Civil Veterinary Dept. Bombay admin report 1907-1913 - 1907-1913
Year: 1907
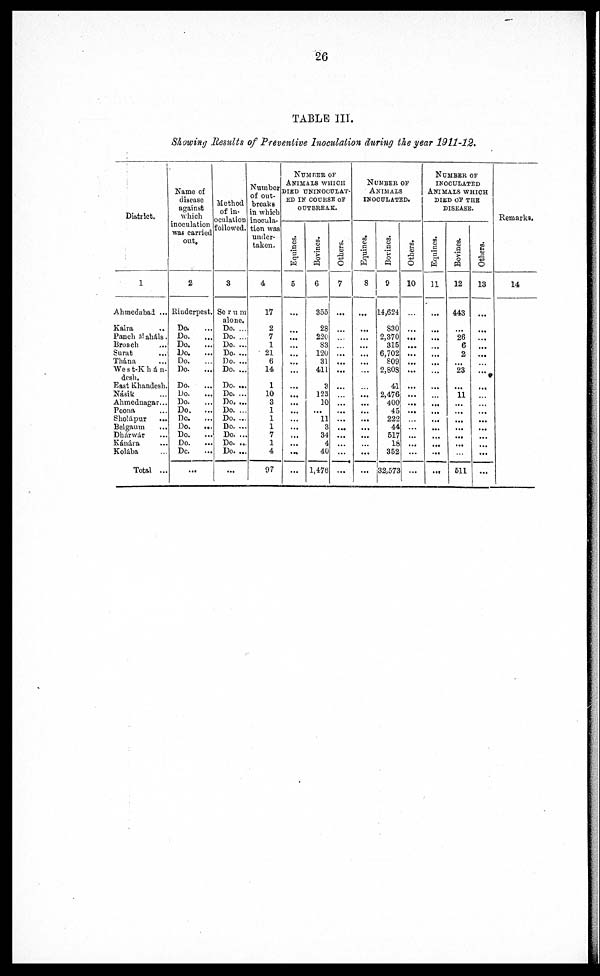
26
TABLE III.
Showing Results of Preventive Inoculation during the year 1911-12.
District.
1
Ahmedabad ...
Kaira ...
Panch Maháls. …
Broach …
Surat ...
Thána ...
West-Khán- …
desh.
East Khandesh. …
Násik ...
Ahmednagar ...
Poona ...
Sholápur ...
Belgaum ...
Dhárwár ...
Kánára ...
Kolába ...
Total ...
Name of
disease
against
which
inoculation
was carried
out.
2
Rinderpest.
Do. …
Do. …
Do.
...
Do. ...
Do. …
Do. …
Do. …
Do. …
Do. …
Do.
...
Do. …
Do.
...
Do.
...
Do. …
Do. ...
...
Method
of in-
oculation
followed.
3
Serum
alone.
Do. ...
Do. ...
Do. ...
Do. ...
Do. ...
Do. ...
Do. ...
Do. ...
Do. ...
Do. ...
Do. ...
Do. ...
Do. ...
Do. ...
Do. ...
...
Number
of out-
breaks
in which
inocula-
tion was
under-
taken.
4
17
2
7
1
21
6
14
1
10
3
1
1
1
7
1
4
97
Number of
Animals which
died
uninoculat-
ed in course of
outbreak.
Equines.
5
…
…
…
...
...
...
…
… ...
...
...
...
...
...
...
...
...
...
Bovines.
6
355
28
220
S3
120
31
411
3
123
10
...
11
3
34
4
40
1,476
Others.
7
…
…
…
…
...
...
...
...
…
…
...
...
...
...
...
…
...
Number of
Animals
inoculated.
Equines.
8
…
...
...
...
...
...
…
…
...
…
...
...
...
...
…
...
...
Bovines.
9
14,624
830
2,370
315
6,702
809
2,808
41
2,476
400
45
222
44
517
18
352
32,573
Others.
10
…
...
...
...
...
...
...
… ...
...
...
...
…
…
...
...
…
…
Number of
inoculated
Animals which
died of the
Disease.
Equines.
11
…
...
...
...
...
...
...
…
...
…
...
...
...
...
...
...
...
...
Bovines.
12
443
...
26
6
2
...
23
...
11
...
...
...
...
...
...
…
511
Others.
13
…
…
...
...
...
…
...
…
…
…
...
...
...
...
...
...
...
Remarks.
14